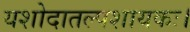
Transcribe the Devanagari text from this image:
यशोदातल्पशायकः।